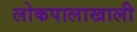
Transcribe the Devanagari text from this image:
लोकपालाखाली